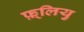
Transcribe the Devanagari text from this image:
फ़्लियु